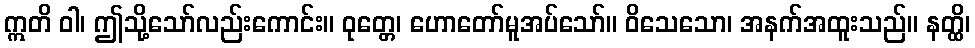
ဣတိ ဝါ၊ ဤသို့သော်လည်းကောင်း။ ဝုတ္တေ၊ ဟောတော်မူအပ်သော်။ ဝိသေသော၊ အနက်အထူးသည်။ နတ္ထိ၊